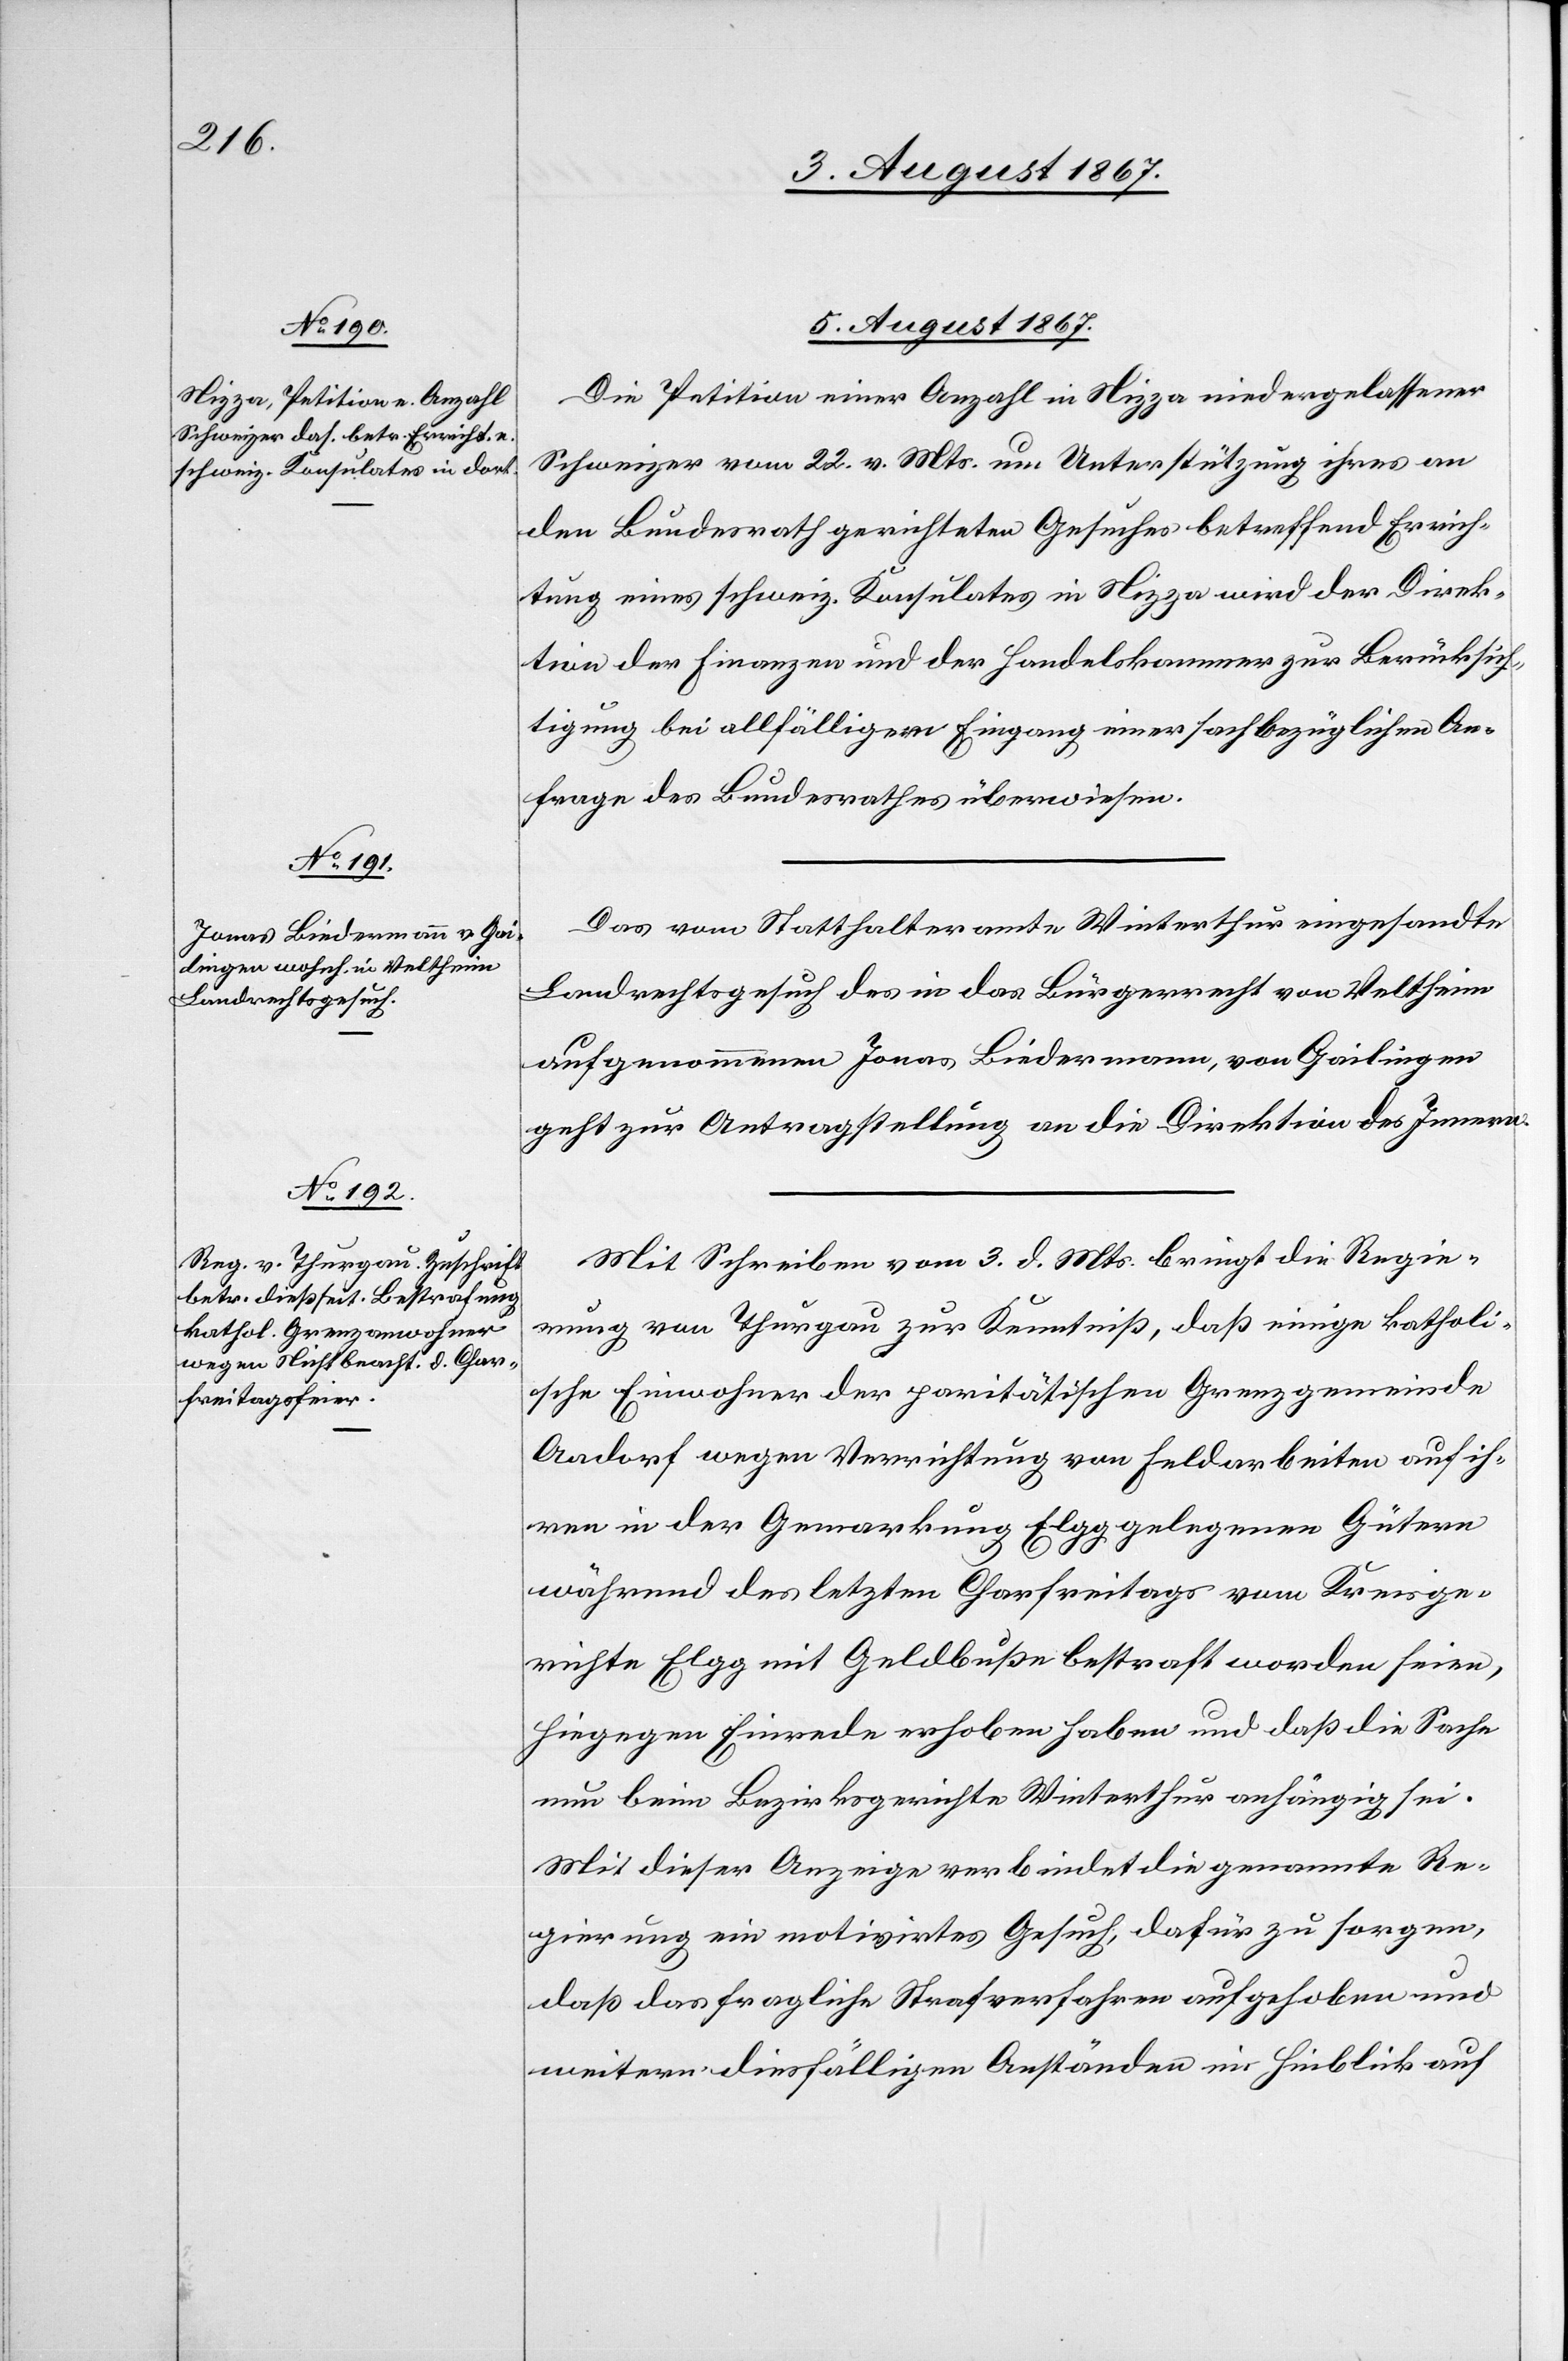
5. August 1867.]
Die Petition einer Anzahl in Nizza niedergelassener
Schweizer vom 22. v. Mts. um Unterstützung ihres an
den Bundesrath gerichteten Gesuches betreffend Errich¬
tung eines schweiz. Konsulates in Nizza wird der Direk¬
tion der Finanzen und der Handelskammer zur Berücksich¬
tigung bei allfälligem Eingang einer sachbezüglichen An¬
frage des Bundesrathes überwiesen.
Das vom Statthalteramte Winterthur eingesandte
Landrechtsgesuch des in das Bürgerrecht von Veltheim
aufgenommenen Jonas Biedermann, von Gailingen
geht zur Antragstellung an die Direktion des Innern.
Mit Schreiben vom 3. d. Mts bringt die Regie¬
rung von Thurgau zur Kenntniß, daß einige katholi¬
sche Einwohner der paritätischen Grenzgemeinde
Aadorf wegen Verrichtung von Feldarbeiten auf ih¬
ren in der Gemarkung Elgg gelegenen Gütern
während des letzten Charfreitags vom Kreisge¬
richte Elgg mit Geldbuße bestraft worden seien,
hiegegen Einrede erhoben haben und daß die Sache
nun beim Bezirksgerichte Winterthur anhängig sei.
Mit dieser Anzeige verbindet die genannte Re¬
gierung ein motivirtes Gesuch, dafür zu sorgen,
daß das fragliche Strafverfahren aufgehoben und
weitern diesfälligen Anständen im Hinblick auf